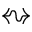
\leftrightsquigarrow